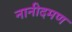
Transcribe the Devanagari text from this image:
नानीदमण